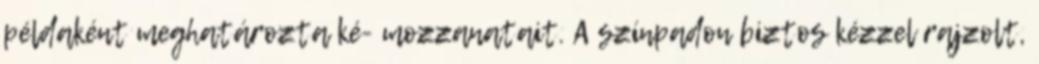
példaként meghatározta ké- mozzanatait. A színpadon biztos kézzel rajzolt,